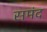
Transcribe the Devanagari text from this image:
समंद